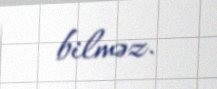
bilməz.